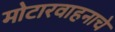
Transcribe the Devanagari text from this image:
मोटारवाहनाचे